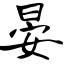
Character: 晏